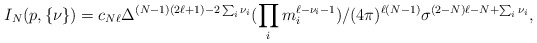
\begin{align*}I_N(p,\{\nu\})= c_{N\ell}\Delta^{(N-1)(2\ell+1)-2\sum_i\nu_i}(\prod_i m_i^{\ell-\nu_i-1})/(4\pi)^{\ell(N-1)}\sigma^{(2-N)\ell-N+\sum_i\nu_i},\end{align*}